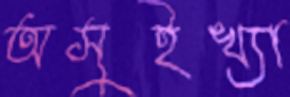
অসুইখ্যা